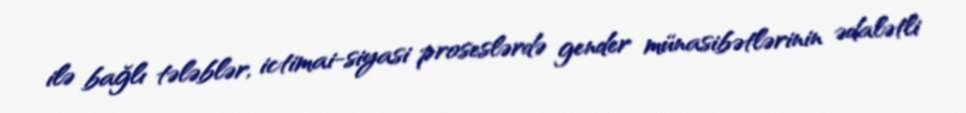
ilə bağlı tələblər, ictimai-siyasi proseslərdə gender münasibətlərinin ədalətli